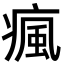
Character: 瘋